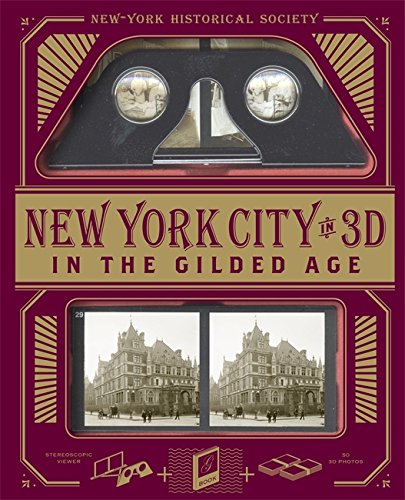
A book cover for New-York Historical Society New York City in 3D In The Gilded Age: A Book Plus Stereoscopic Viewer and 50 3D Photos from the Turn of the Century; Esther Crain; Arts & Photography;